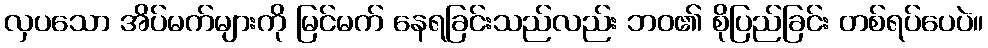
လှပသော အိပ်မက်များကို မြင်မက် နေရခြင်းသည်လည်း ဘဝ၏ စိုပြည်ခြင်း တစ်ရပ်ပေပဲ။